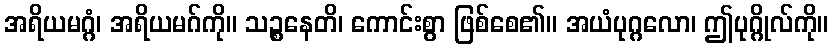
အရိယမဂ္ဂံ၊ အရိယမဂ်ကို။ သဉ္စနေတိ၊ ကောင်းစွာ ဖြစ်စေ၏။ အယံပုဂ္ဂလော၊ ဤပုဂ္ဂိုလ်ကို။